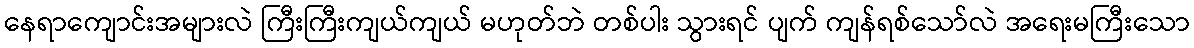
နေရာကျောင်းအများလဲ ကြီးကြီးကျယ်ကျယ် မဟုတ်ဘဲ တစ်ပါး သွားရင် ပျက် ကျန်ရစ်သော်လဲ အရေးမကြီးသော